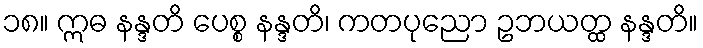
၁၈။ ဣဓ နန္ဒတိ ပေစ္စ နန္ဒတိ၊ ကတပုညော ဥဘယတ္ထ နန္ဒတိ။